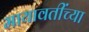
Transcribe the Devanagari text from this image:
मायावतींच्या